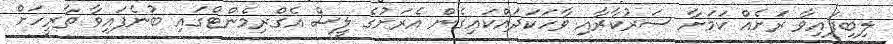
ލިބިފައިވާ ރަށެއް ކަމަށާ ސަރުކާރާއި ވާހަކަދައްކައިގެން އެރަށުގެ ލީސް އެގްރިމެންޓްގައި ބުނެފައިވާ ތާރީހަށް